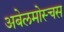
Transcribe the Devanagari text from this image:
अबेलमोस्चस